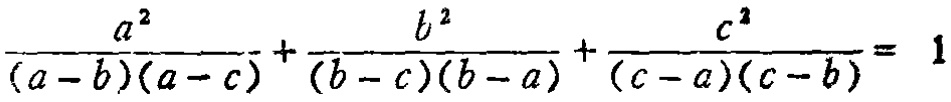
\(\frac{a^{2}}{(a - b)(a - c)}+\frac{b^{2}}{(b - c)(b - a)}+\frac{c^{2}}{(c - a)(c - b)} = 1\)